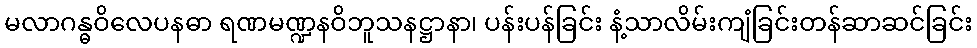
မလာဂန္ဓဝိလေပနဓာ ရဏမဏ္ဍနဝိဘူသနဋ္ဌာနာ၊ ပန်းပန်ခြင်း နံ့သာလိမ်းကျံခြင်းတန်ဆာဆင်ခြင်း